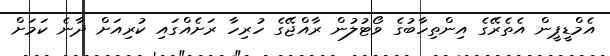
އެމްޑީޕީން އެތެރޭގެ އިންތިހާބުގެ ވޯޓުލުން ރާއްޖޭގެ ހުރިހާ ރަށެއްގައި ކުރިއަށް ދާނެ ކަމަށް